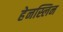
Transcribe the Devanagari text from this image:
हेनस्लिन